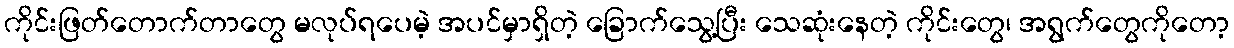
ကိုင်းဖြတ်တောက်တာတွေ မလုပ်ရပေမဲ့ အပင်မှာရှိတဲ့ ခြောက်သွေ့ပြီး သေဆုံးနေတဲ့ ကိုင်းတွေ၊ အရွက်တွေကိုတော့